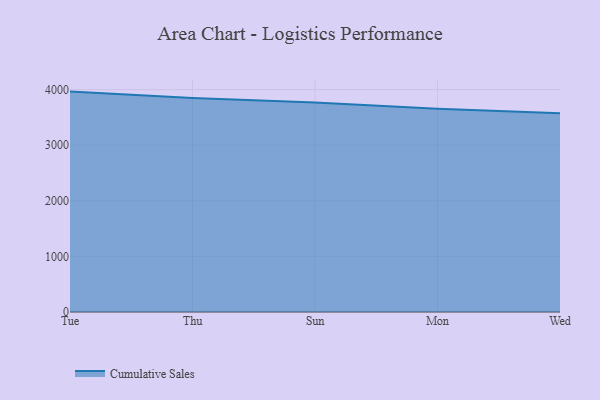
{"axis": {"x": "Day", "y": "Satisfaction Score"}, "legend": ["Cumulative Sales"], "data": [{"x": "Tue", "y": 3963.0, "type": "Cumulative Sales"}, {"x": "Thu", "y": 3847.5, "type": "Cumulative Sales"}, {"x": "Sun", "y": 3767.0, "type": "Cumulative Sales"}, {"x": "Mon", "y": 3655.4, "type": "Cumulative Sales"}, {"x": "Wed", "y": 3575.5, "type": "Cumulative Sales"}]}